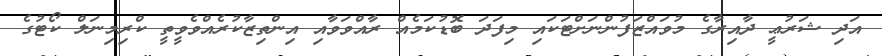
އަދި ޝަރުޢީ ދާއިރާގެ މުވައްޒަފުންނަށްޓަކައި މިފަދަ ބޮޑުކަމެއް ރާއްވަވާއި އިންތިޒާކުރެއްވެވީތީ ކްރިމިނަލް ކޯޓުގެ